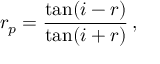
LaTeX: r _ { p } = { \frac { \tan ( i - r ) } { \tan ( i + r ) } } \, ,